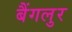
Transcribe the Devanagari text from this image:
बैंगलुर